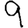
Digit: 9